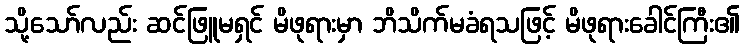
သို့သော်လည်း ဆင်ဖြူမရှင် မိဖုရားမှာ ဘိသိက်မခံရသဖြင့် မိဖုရားခေါင်ကြီး၏